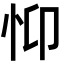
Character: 𢗾